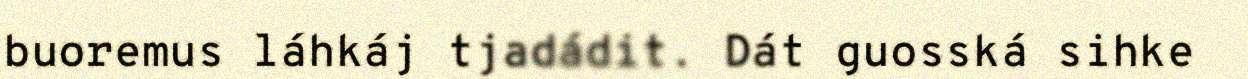
buoremus láhkáj tjadádit. Dát guosská sihke